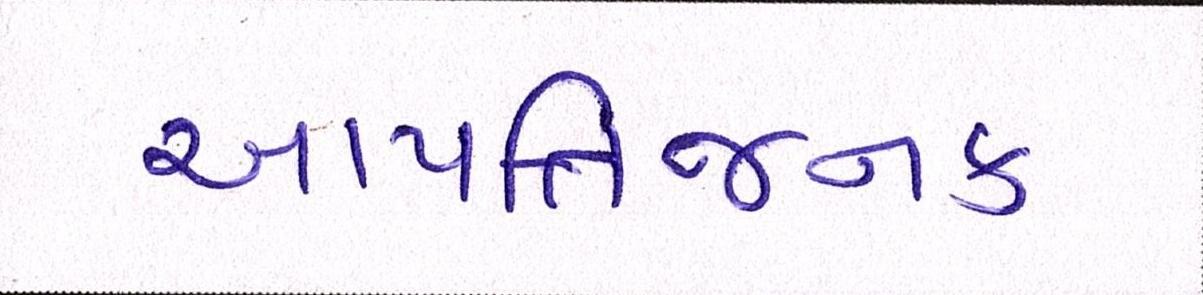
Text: આપત્તિજનક